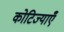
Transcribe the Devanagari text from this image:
कोटिज्याएँ